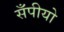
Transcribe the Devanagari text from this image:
सँपीयो